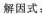
解因式：